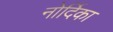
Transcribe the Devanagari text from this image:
नोर्दिका